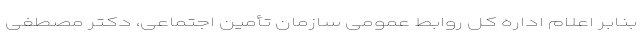
بنابر اعلام اداره کل روابط عمومی سازمان تأمین اجتماعی، دکتر مصطفی